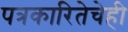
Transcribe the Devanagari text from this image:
पत्रकारितेचेही